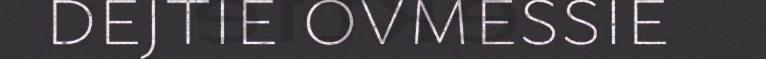
dejtie ovmessie